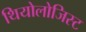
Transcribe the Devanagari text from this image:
थियोलोजिस्ट